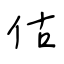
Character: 估